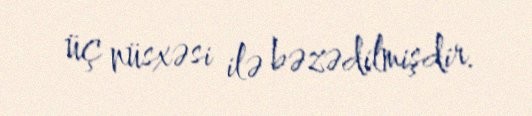
üç nüsxəsi ilə bəzədilmişdir.